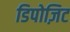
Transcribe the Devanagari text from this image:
डिपोज़िट